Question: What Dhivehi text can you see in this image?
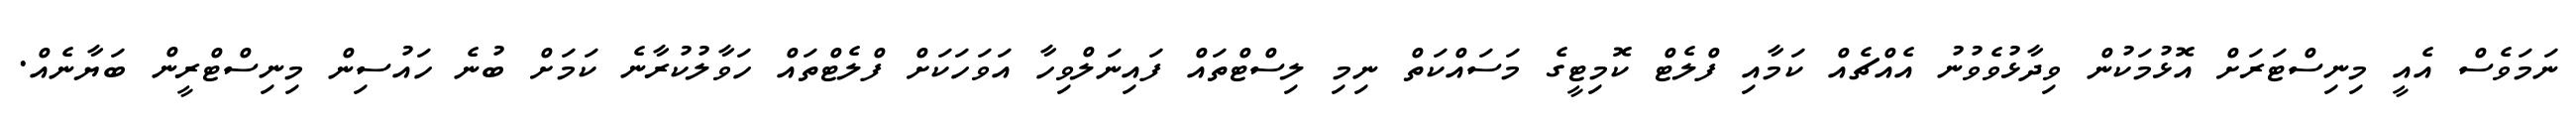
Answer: ނަމަވެސް އެއީ މިނިސްޓަރަށް އޮޅުމަކުން ވިދާޅުވެވުނު އެއްޗެއް ކަމާއި ފްލެޓް ކޮމިޓީގެ މަސައްކަތް ނިމި ލިސްޓްތައް ފައިނަލްވިހާ އަވަހަކަށް ފްލެޓްތައް ހަވާލުކުރާނެ ކަމަށް ބުނެ ހައުސިން މިނިސްޓްރީން ބަޔާނެއް.